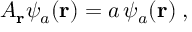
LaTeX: { A } _ { \bf r } \psi _ { a } ( { \bf r } ) = a \, \psi _ { a } ( { \bf r } ) \; ,